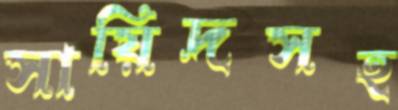
সায়িদসহ